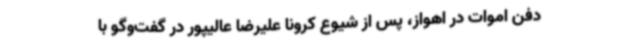
دفن اموات در اهواز، پس از شیوع کرونا علیرضا عالیپور در گفت‌وگو با